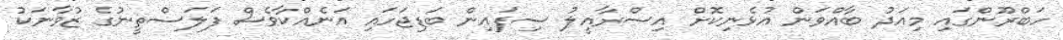
ހަބްރޫންގައި މިއަދު ބާއްވަން އުޅެނިކޮށް އިސްރާއީލު ސިފައިން ބަޑިޖަހައި އަނެއްކާވެސް ފަލަސްތީނުގެ ޒުވާނަކު